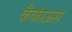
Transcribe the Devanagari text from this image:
कैकाऊस